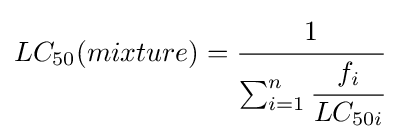
LC_{50}(mixture)={\cfrac {1}{\textstyle \sum _{i=1}^{n}{\cfrac {f_{i}}{LC_{50i}}}}}